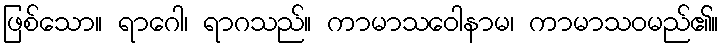
ဖြစ်သော။ ရာဂေါ၊ ရာဂသည်။ ကာမာသဝေါနာမ၊ ကာမာသဝမည်၏။